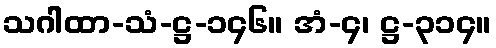
သဂါထာ-သံ-ဋ္ဌ-၁၄၆။ အံ-၄၊ ဋ္ဌ-၃၁၄။